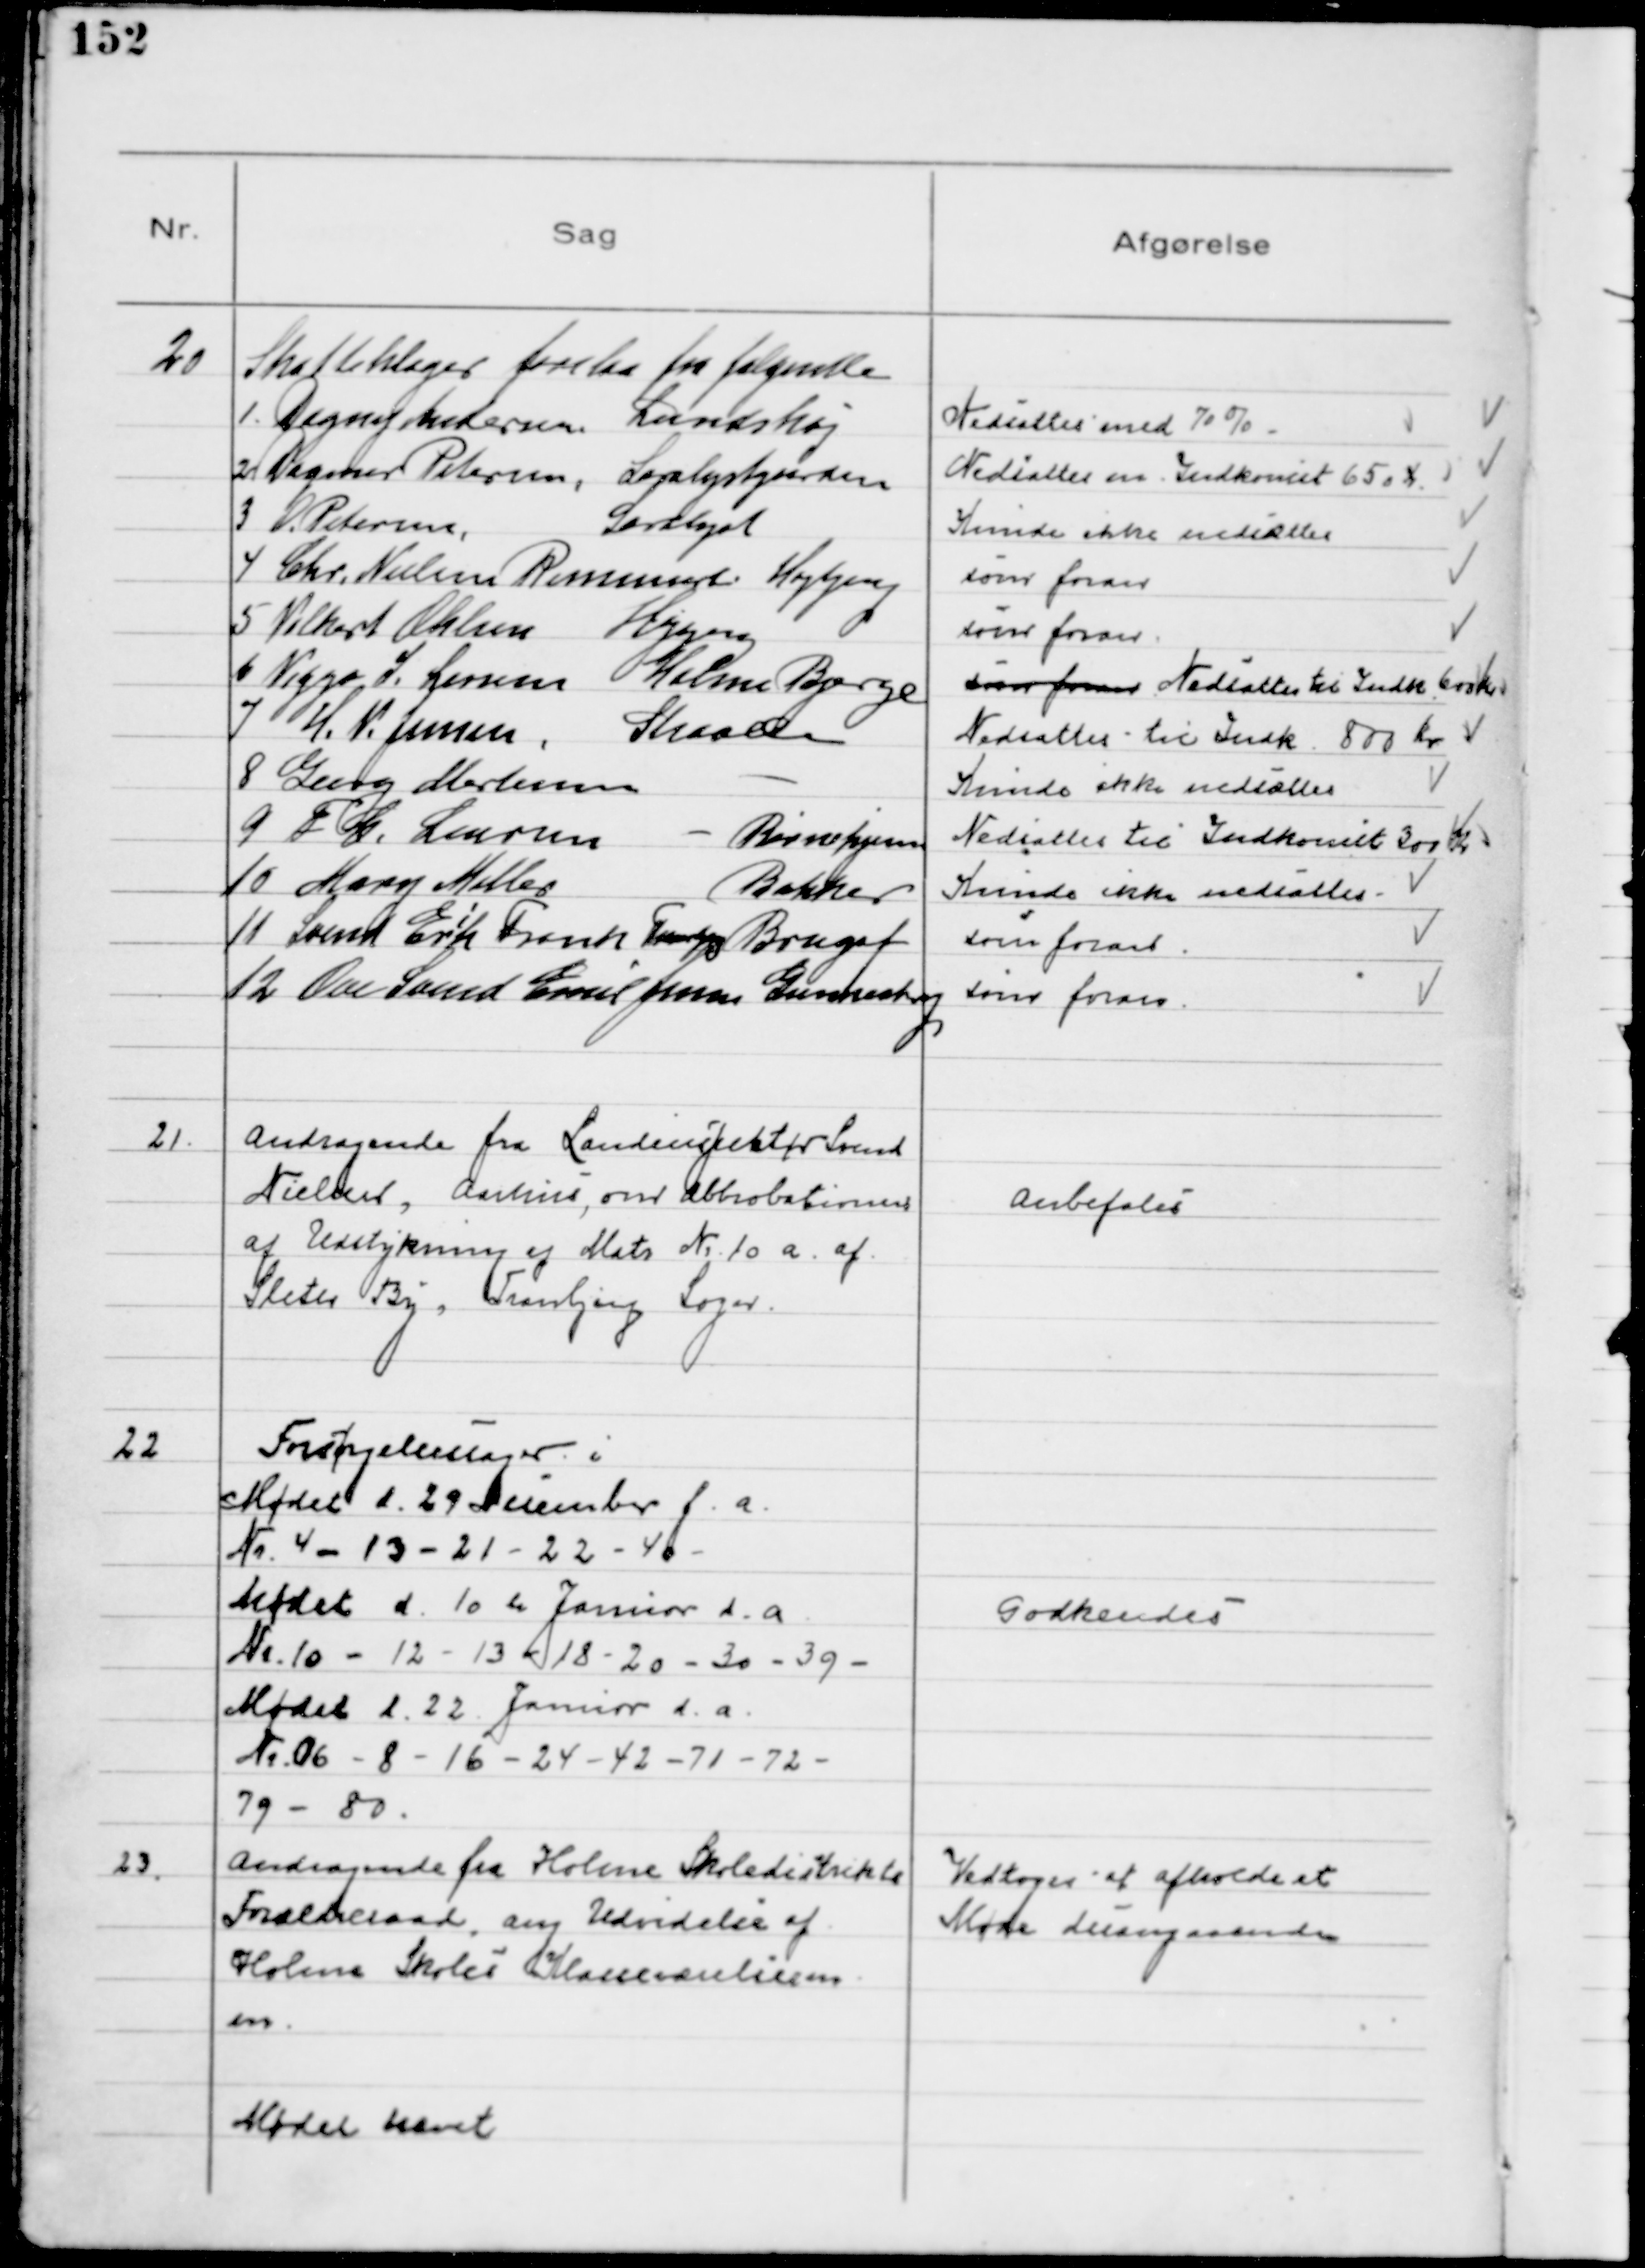
Transskription:
20
Skatteklager forelaa fra følgende
1. Dagny Andersen Lundshøj
Nedsattes med 70%
2 Dagmar Petersen, Saralystgården
Nedsattes m. Indkomst 650 Kr
3 O Petersen, 
Saralyst
Kunde ikke nedsættes
4 Chr. Nielsen Rasmussen Højbjerg
som foran
5 Vilhart Ohlsen 
Højbjerg
som foran
6 Viggo S. Larsen Holme Bjerge
som foran Nedsattes til Indk. 600 Kr
7 H. V. Jensen
Skaade
Nedsattes til Indk. 800 Kr
8 Georg Mortensen    
Kunde ikke nedsættes
9 F. C. Laursen  
Børnehjem
Nedsattes til Indkomst 300 Kr
10 Mary Miller
Bakker
Kunde ikke nedsættes
11 Svend Erik Frank Tranbjerg Brugsf
som foran
12 Ove Svend Emil Jensen Gunnestrup
som foran.

21.
Andragende fra Landinspektør Svend
Nielsen, Aarhus, om Abbrobationer
af Udstykning af Matr № 10 a af
Sleth By, Tranbjerg Sogn.

Anbefales

22
Forsørgelsessager i
Mødet d. 29 December f. a.
Nr. 4 - 13 - 21 - 22 - 40 
Mødet d. 10 de Januar d. a.
Nr 10 - 12 - 13 - 18 - 20 - 30 - 39 
Mødet d. 22 Januar d. a.
Nr 06 - 8 - 16 - 24 - 42 - 71 - 72 
79 - 80

Godkendes

23.
Andragende fra Holme Skoledistrikts
Forældreraad ang. Udvidelse af
Holme Skoles Klasseværelse m.
m.

Vedtoges at afholde et
Møde desangaaende

Mødet hævet